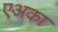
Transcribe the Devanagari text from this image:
एअका